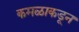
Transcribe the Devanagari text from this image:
कमळाकडून